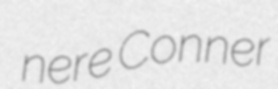
nere Conner